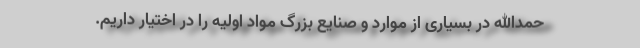
حمدالله در بسیاری از موارد و صنایع بزرگ مواد اولیه را در اختیار داریم.